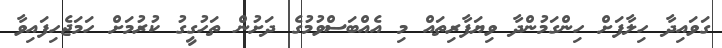
ގަވައިދާ ހިލާފަށް ހިންގަމުންދާ ވިޔަފާރިތައް މި އެއްބަސްވުމުގެ ދަށުން ތަހުގީގު ކުރުމަށް ހަމަޖެހިފައިވާ